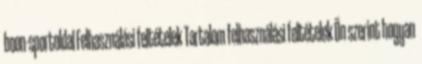
boon-sportoldal Felhasználási feltételek Tartalom felhasználási feltételek Ön szerint hogyan